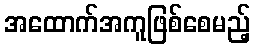
အထောက်အကူဖြစ်စေမည့်